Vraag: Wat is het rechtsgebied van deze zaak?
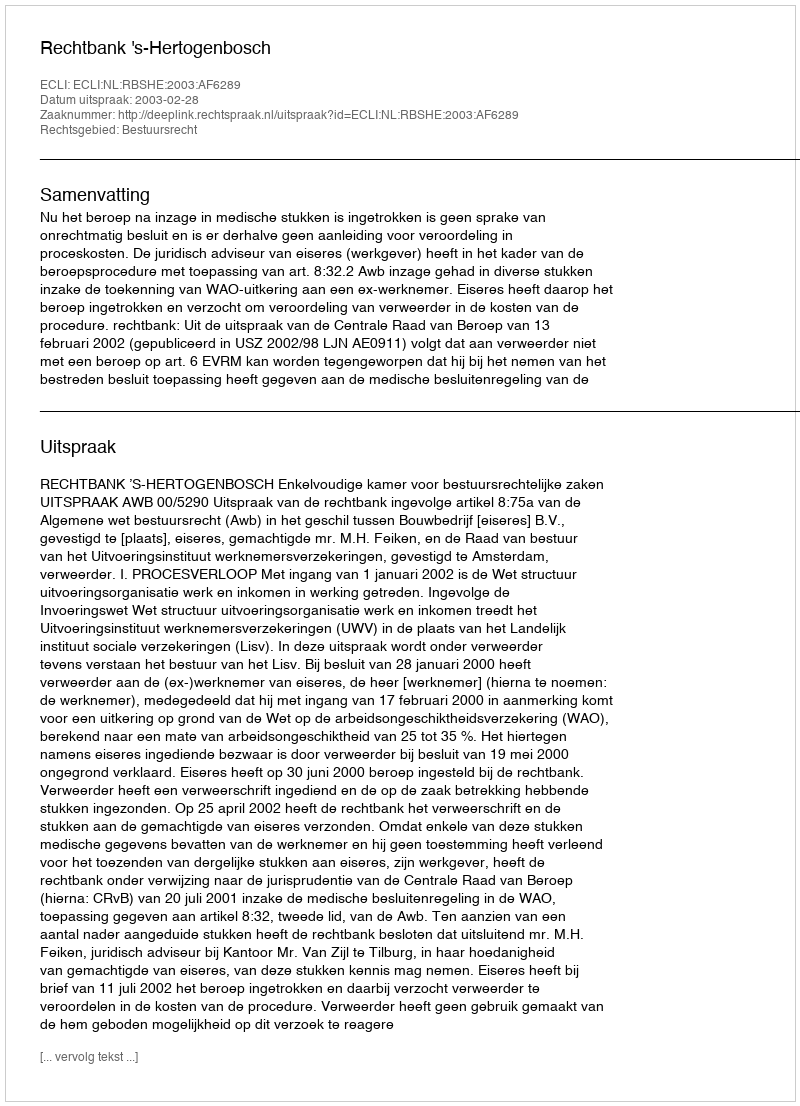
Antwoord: Bestuursrecht